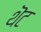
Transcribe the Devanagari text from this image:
थॆट